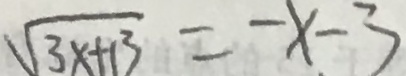
\sqrt { 3 x + 1 3 } = - x - 3